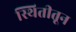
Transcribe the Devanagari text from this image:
स्थितीतून